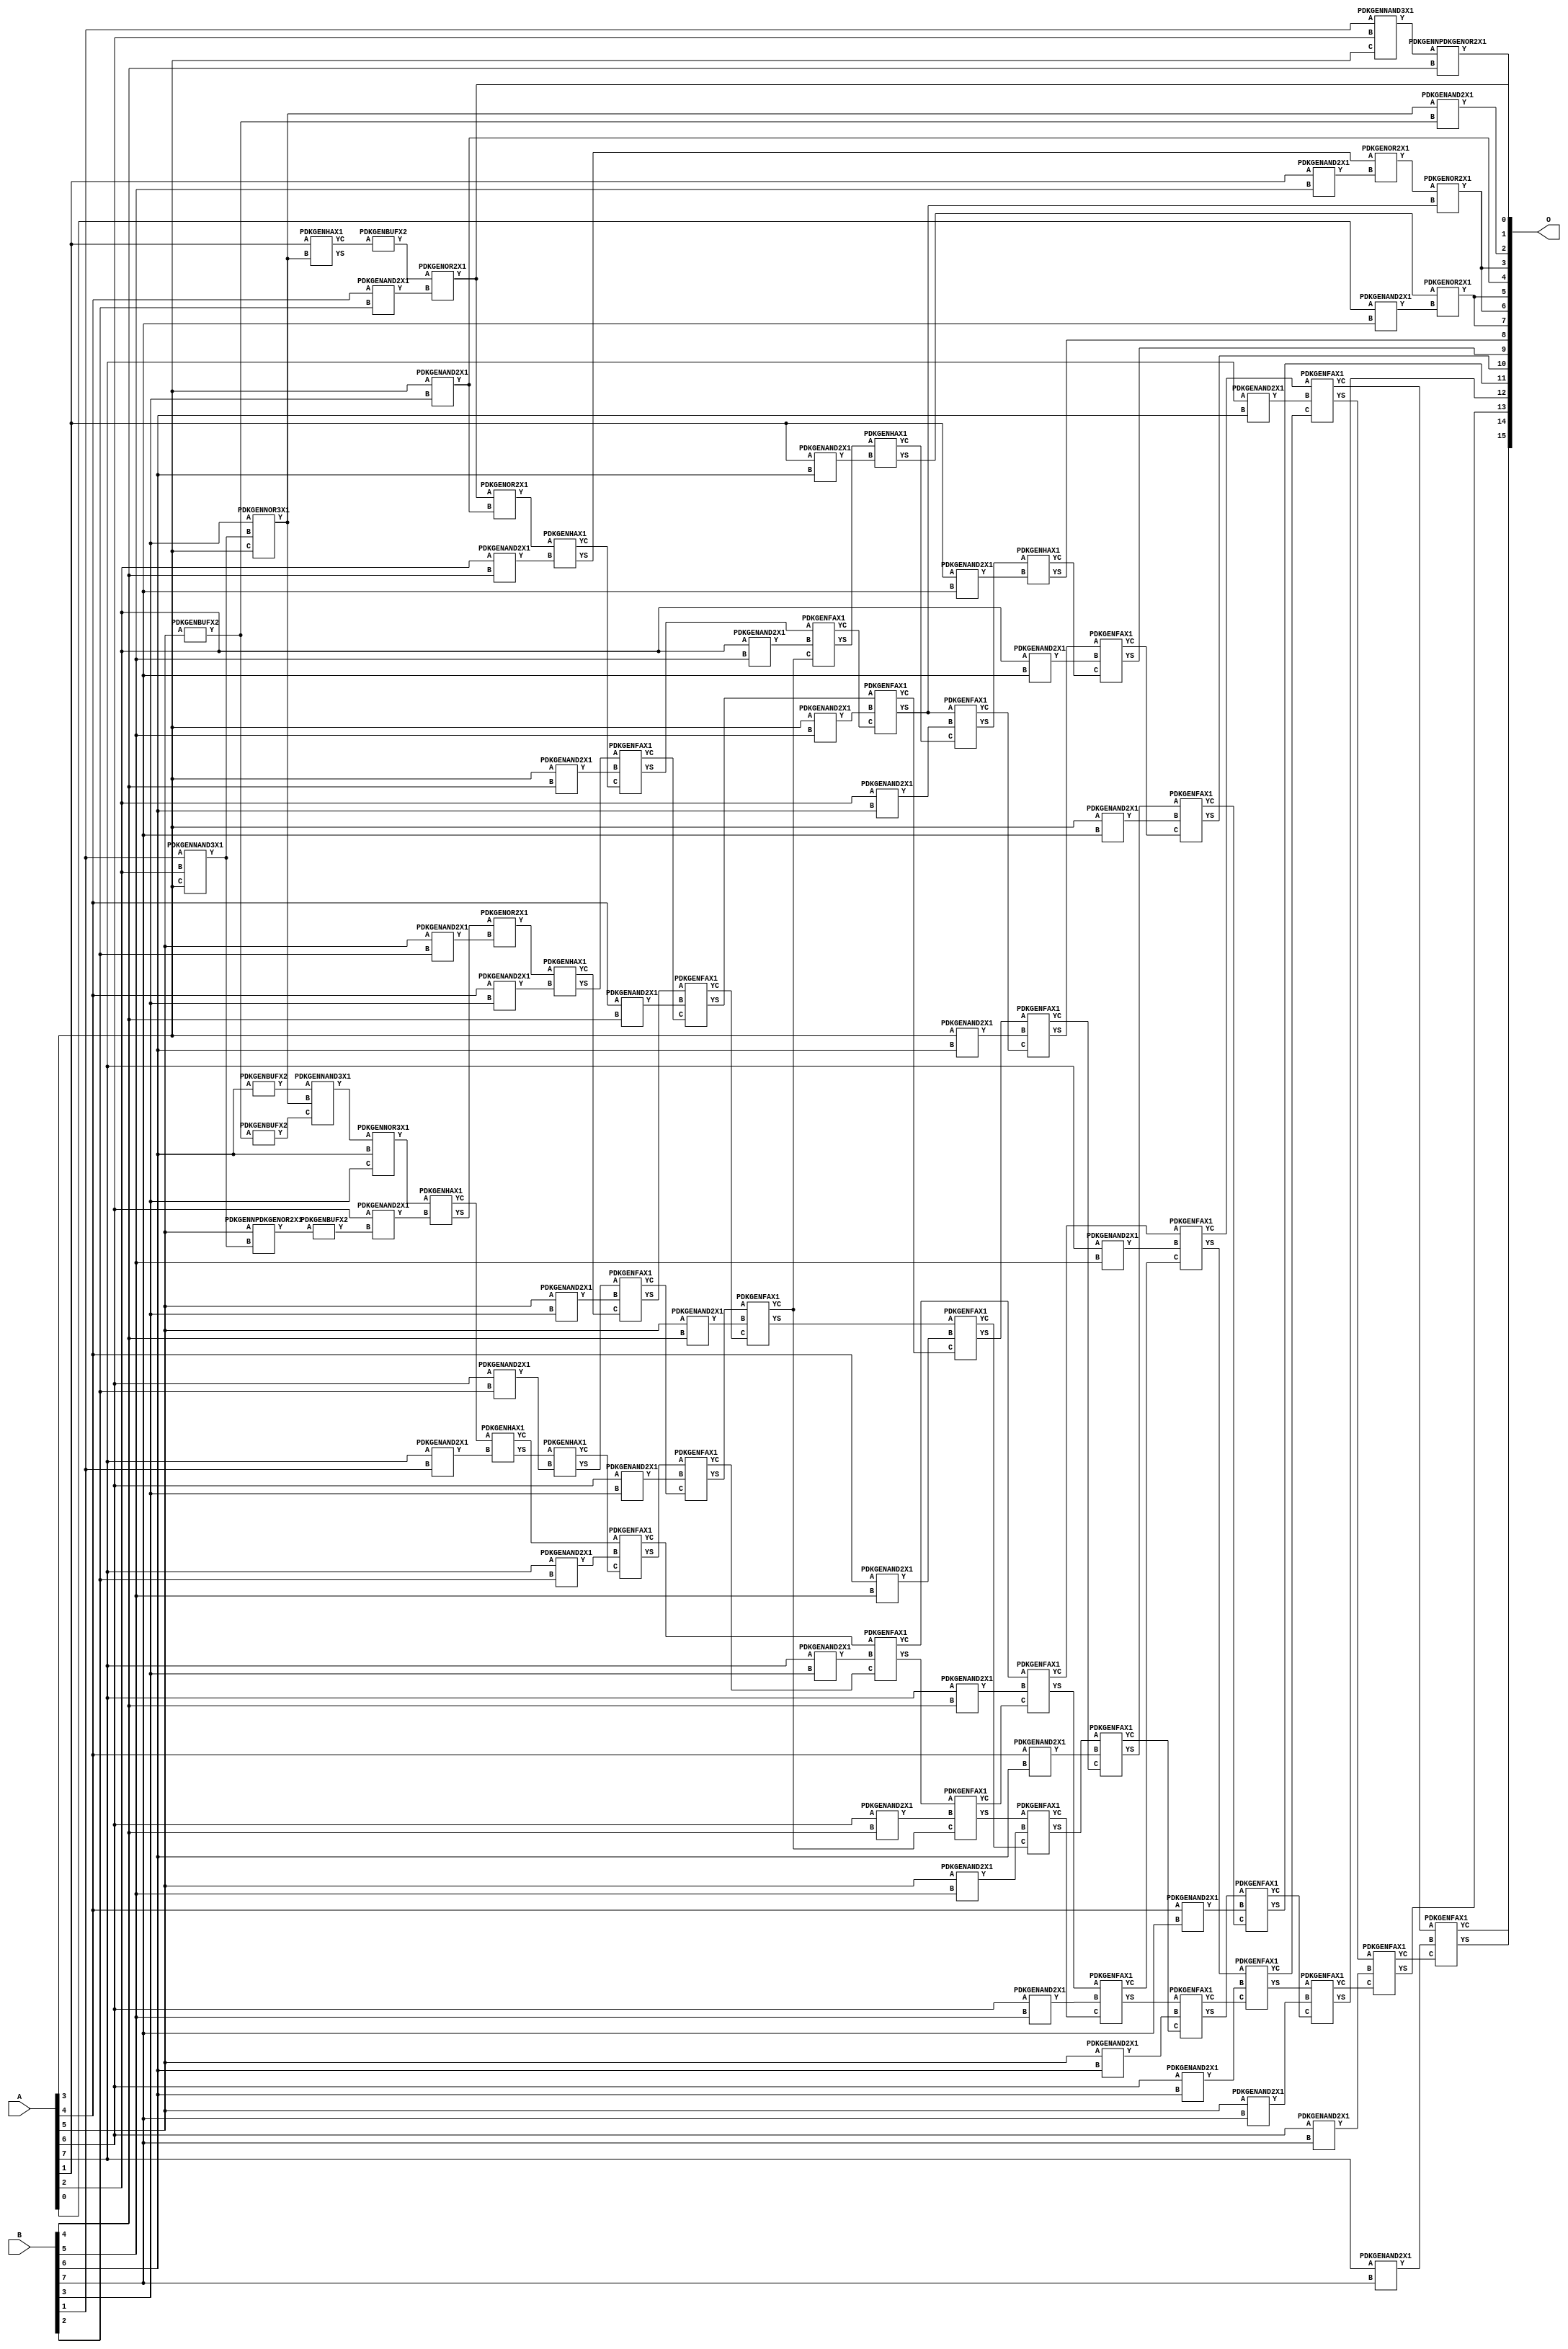
// Library = EvoApprox8b
// Circuit = mul8_014
// Area   (180) = 5756
// Delay  (180) = 4.490
// Power  (180) = 2495.30
// Area   (45) = 415
// Delay  (45) = 1.610
// Power  (45) = 216.30
// Nodes = 93
// HD = 315496
// MAE = 164.68720
// MSE = 44531.26856
// MRE = 3.95 %
// WCE = 858
// WCRE = 100 %
// EP = 97.8 %

module mul8_014(A, B, O);
  input [7:0] A;
  input [7:0] B;
  output [15:0] O;
  wire [2031:0] N;

  assign N[0] = A[0];
  assign N[1] = A[0];
  assign N[2] = A[1];
  assign N[3] = A[1];
  assign N[4] = A[2];
  assign N[5] = A[2];
  assign N[6] = A[3];
  assign N[7] = A[3];
  assign N[8] = A[4];
  assign N[9] = A[4];
  assign N[10] = A[5];
  assign N[11] = A[5];
  assign N[12] = A[6];
  assign N[13] = A[6];
  assign N[14] = A[7];
  assign N[15] = A[7];
  assign N[16] = B[0];
  assign N[17] = B[0];
  assign N[18] = B[1];
  assign N[19] = B[1];
  assign N[20] = B[2];
  assign N[21] = B[2];
  assign N[22] = B[3];
  assign N[23] = B[3];
  assign N[24] = B[4];
  assign N[25] = B[4];
  assign N[26] = B[5];
  assign N[27] = B[5];
  assign N[28] = B[6];
  assign N[29] = B[6];
  assign N[30] = B[7];
  assign N[31] = B[7];

  PDKGENNAND3X1 n32(.A(N[18]), .B(N[12]), .C(N[6]), .Y(N[32]));
  assign N[33] = N[32];
  PDKGENNAND3X1 n34(.A(N[18]), .B(N[4]), .C(N[6]), .Y(N[34]));
  PDKGENNOR3X1 n38(.A(N[22]), .B(N[34]), .C(N[6]), .Y(N[38]));
  assign N[39] = N[38];
  PDKGENHAX1 n40(.A(N[2]), .B(N[39]), .YS(N[40]), .YC(N[41]));
  PDKGENNPDKGENOR2X1 n42(.A(N[10]), .B(N[34]), .Y(N[42]));
  assign N[43] = N[42];
  PDKGENBUFX2 n46(.A(N[43]), .Y(N[46]));
  PDKGENNPDKGENOR2X1 n54(.A(N[33]), .B(N[24]), .Y(N[54]));
  PDKGENBUFX2 n56(.A(N[28]), .Y(N[56]));
  assign N[57] = N[56];
  PDKGENBUFX2 n76(.A(N[10]), .Y(N[76]));
  assign N[77] = N[76];
  PDKGENAND2X1 n82(.A(N[39]), .B(N[76]), .Y(N[82]));
  assign N[83] = N[82];
  PDKGENBUFX2 n130(.A(N[77]), .Y(N[130]));
  assign N[131] = N[130];
  PDKGENNAND3X1 n192(.A(N[57]), .B(N[38]), .C(N[131]), .Y(N[192]));
  assign N[193] = N[192];
  PDKGENNOR3X1 n200(.A(N[193]), .B(N[28]), .C(N[22]), .Y(N[200]));
  assign N[201] = N[200];
  PDKGENAND2X1 n264(.A(N[12]), .B(N[46]), .Y(N[264]));
  PDKGENAND2X1 n282(.A(N[14]), .B(N[18]), .Y(N[282]));
  PDKGENBUFX2 n376(.A(N[41]), .Y(N[376]));
  assign N[377] = N[376];
  PDKGENHAX1 n398(.A(N[201]), .B(N[264]), .YS(N[398]), .YC(N[399]));
  PDKGENHAX1 n414(.A(N[399]), .B(N[282]), .YS(N[414]), .YC(N[415]));
  PDKGENAND2X1 n498(.A(N[8]), .B(N[20]), .Y(N[498]));
  PDKGENAND2X1 n514(.A(N[10]), .B(N[20]), .Y(N[514]));
  PDKGENAND2X1 n532(.A(N[12]), .B(N[20]), .Y(N[532]));
  PDKGENAND2X1 n548(.A(N[14]), .B(N[20]), .Y(N[548]));
  PDKGENOR2X1 n632(.A(N[377]), .B(N[498]), .Y(N[632]));
  assign N[633] = N[632];
  PDKGENOR2X1 n648(.A(N[398]), .B(N[514]), .Y(N[648]));
  PDKGENHAX1 n664(.A(N[414]), .B(N[532]), .YS(N[664]), .YC(N[665]));
  PDKGENFAX1 n682(.A(N[415]), .B(N[548]), .C(N[665]), .YS(N[682]), .YC(N[683]));
  PDKGENAND2X1 n748(.A(N[6]), .B(N[22]), .Y(N[748]));
  assign N[749] = N[748];
  PDKGENAND2X1 n764(.A(N[8]), .B(N[22]), .Y(N[764]));
  PDKGENAND2X1 n782(.A(N[10]), .B(N[22]), .Y(N[782]));
  PDKGENAND2X1 n798(.A(N[12]), .B(N[22]), .Y(N[798]));
  PDKGENAND2X1 n814(.A(N[14]), .B(N[22]), .Y(N[814]));
  PDKGENOR2X1 n882(.A(N[632]), .B(N[748]), .Y(N[882]));
  PDKGENHAX1 n898(.A(N[648]), .B(N[764]), .YS(N[898]), .YC(N[899]));
  PDKGENFAX1 n914(.A(N[664]), .B(N[782]), .C(N[899]), .YS(N[914]), .YC(N[915]));
  PDKGENFAX1 n932(.A(N[682]), .B(N[798]), .C(N[915]), .YS(N[932]), .YC(N[933]));
  PDKGENFAX1 n948(.A(N[683]), .B(N[814]), .C(N[933]), .YS(N[948]), .YC(N[949]));
  PDKGENAND2X1 n998(.A(N[4]), .B(N[24]), .Y(N[998]));
  PDKGENAND2X1 n1014(.A(N[6]), .B(N[24]), .Y(N[1014]));
  PDKGENAND2X1 n1032(.A(N[8]), .B(N[24]), .Y(N[1032]));
  PDKGENAND2X1 n1048(.A(N[10]), .B(N[24]), .Y(N[1048]));
  PDKGENAND2X1 n1064(.A(N[12]), .B(N[24]), .Y(N[1064]));
  PDKGENAND2X1 n1082(.A(N[14]), .B(N[24]), .Y(N[1082]));
  PDKGENHAX1 n1132(.A(N[882]), .B(N[998]), .YS(N[1132]), .YC(N[1133]));
  PDKGENFAX1 n1148(.A(N[898]), .B(N[1014]), .C(N[1133]), .YS(N[1148]), .YC(N[1149]));
  PDKGENFAX1 n1164(.A(N[914]), .B(N[1032]), .C(N[1149]), .YS(N[1164]), .YC(N[1165]));
  PDKGENFAX1 n1182(.A(N[932]), .B(N[1048]), .C(N[1165]), .YS(N[1182]), .YC(N[1183]));
  PDKGENFAX1 n1198(.A(N[948]), .B(N[1064]), .C(N[1183]), .YS(N[1198]), .YC(N[1199]));
  PDKGENFAX1 n1214(.A(N[949]), .B(N[1082]), .C(N[1199]), .YS(N[1214]), .YC(N[1215]));
  PDKGENAND2X1 n1248(.A(N[2]), .B(N[26]), .Y(N[1248]));
  PDKGENAND2X1 n1264(.A(N[4]), .B(N[26]), .Y(N[1264]));
  PDKGENAND2X1 n1282(.A(N[6]), .B(N[26]), .Y(N[1282]));
  PDKGENAND2X1 n1298(.A(N[8]), .B(N[26]), .Y(N[1298]));
  PDKGENAND2X1 n1314(.A(N[10]), .B(N[26]), .Y(N[1314]));
  PDKGENAND2X1 n1332(.A(N[12]), .B(N[26]), .Y(N[1332]));
  PDKGENAND2X1 n1348(.A(N[14]), .B(N[26]), .Y(N[1348]));
  PDKGENOR2X1 n1382(.A(N[1132]), .B(N[1248]), .Y(N[1382]));
  PDKGENFAX1 n1398(.A(N[1148]), .B(N[1264]), .C(N[1183]), .YS(N[1398]), .YC(N[1399]));
  PDKGENFAX1 n1414(.A(N[1164]), .B(N[1282]), .C(N[1399]), .YS(N[1414]), .YC(N[1415]));
  PDKGENFAX1 n1432(.A(N[1182]), .B(N[1298]), .C(N[1415]), .YS(N[1432]), .YC(N[1433]));
  PDKGENFAX1 n1448(.A(N[1198]), .B(N[1314]), .C(N[1433]), .YS(N[1448]), .YC(N[1449]));
  PDKGENFAX1 n1464(.A(N[1214]), .B(N[1332]), .C(N[1449]), .YS(N[1464]), .YC(N[1465]));
  PDKGENFAX1 n1482(.A(N[1215]), .B(N[1348]), .C(N[1465]), .YS(N[1482]), .YC(N[1483]));
  PDKGENAND2X1 n1514(.A(N[2]), .B(N[28]), .Y(N[1514]));
  PDKGENAND2X1 n1532(.A(N[4]), .B(N[28]), .Y(N[1532]));
  PDKGENAND2X1 n1548(.A(N[6]), .B(N[28]), .Y(N[1548]));
  PDKGENAND2X1 n1564(.A(N[8]), .B(N[28]), .Y(N[1564]));
  PDKGENAND2X1 n1582(.A(N[10]), .B(N[28]), .Y(N[1582]));
  PDKGENAND2X1 n1598(.A(N[12]), .B(N[28]), .Y(N[1598]));
  PDKGENAND2X1 n1614(.A(N[14]), .B(N[28]), .Y(N[1614]));
  PDKGENOR2X1 n1632(.A(N[1382]), .B(N[1414]), .Y(N[1632]));
  PDKGENHAX1 n1648(.A(N[1398]), .B(N[1514]), .YS(N[1648]), .YC(N[1649]));
  PDKGENFAX1 n1664(.A(N[1414]), .B(N[1532]), .C(N[1649]), .YS(N[1664]), .YC(N[1665]));
  PDKGENFAX1 n1682(.A(N[1432]), .B(N[1548]), .C(N[1665]), .YS(N[1682]), .YC(N[1683]));
  PDKGENFAX1 n1698(.A(N[1448]), .B(N[1564]), .C(N[1683]), .YS(N[1698]), .YC(N[1699]));
  PDKGENFAX1 n1714(.A(N[1464]), .B(N[1582]), .C(N[1699]), .YS(N[1714]), .YC(N[1715]));
  PDKGENFAX1 n1732(.A(N[1482]), .B(N[1598]), .C(N[1715]), .YS(N[1732]), .YC(N[1733]));
  PDKGENFAX1 n1748(.A(N[1483]), .B(N[1614]), .C(N[1733]), .YS(N[1748]), .YC(N[1749]));
  PDKGENAND2X1 n1764(.A(N[0]), .B(N[30]), .Y(N[1764]));
  PDKGENAND2X1 n1782(.A(N[2]), .B(N[30]), .Y(N[1782]));
  PDKGENAND2X1 n1798(.A(N[4]), .B(N[30]), .Y(N[1798]));
  PDKGENAND2X1 n1814(.A(N[6]), .B(N[30]), .Y(N[1814]));
  PDKGENAND2X1 n1832(.A(N[8]), .B(N[30]), .Y(N[1832]));
  PDKGENAND2X1 n1848(.A(N[10]), .B(N[30]), .Y(N[1848]));
  PDKGENAND2X1 n1864(.A(N[12]), .B(N[30]), .Y(N[1864]));
  PDKGENAND2X1 n1882(.A(N[14]), .B(N[30]), .Y(N[1882]));
  PDKGENOR2X1 n1898(.A(N[1648]), .B(N[1764]), .Y(N[1898]));
  PDKGENHAX1 n1914(.A(N[1664]), .B(N[1782]), .YS(N[1914]), .YC(N[1915]));
  PDKGENFAX1 n1932(.A(N[1682]), .B(N[1798]), .C(N[1915]), .YS(N[1932]), .YC(N[1933]));
  PDKGENFAX1 n1948(.A(N[1698]), .B(N[1814]), .C(N[1933]), .YS(N[1948]), .YC(N[1949]));
  PDKGENFAX1 n1964(.A(N[1714]), .B(N[1832]), .C(N[1949]), .YS(N[1964]), .YC(N[1965]));
  PDKGENFAX1 n1982(.A(N[1732]), .B(N[1848]), .C(N[1965]), .YS(N[1982]), .YC(N[1983]));
  PDKGENFAX1 n1998(.A(N[1748]), .B(N[1864]), .C(N[1983]), .YS(N[1998]), .YC(N[1999]));
  PDKGENFAX1 n2014(.A(N[1749]), .B(N[1882]), .C(N[1999]), .YS(N[2014]), .YC(N[2015]));

  assign O[0] = N[633];
  assign O[1] = N[54];
  assign O[2] = N[83];
  assign O[3] = N[1632];
  assign O[4] = N[749];
  assign O[5] = N[1898];
  assign O[6] = N[1632];
  assign O[7] = N[1898];
  assign O[8] = N[1914];
  assign O[9] = N[1932];
  assign O[10] = N[1948];
  assign O[11] = N[1964];
  assign O[12] = N[1982];
  assign O[13] = N[1998];
  assign O[14] = N[2014];
  assign O[15] = N[2015];

endmodule
/* mod */
module PDKGENFAX1( input A, input B, input C, output YS, output YC );
    assign YS = (A ^ B) ^ C;
    assign YC = (A & B) | (B & C) | (A & C);
endmodule
/* mod */
module PDKGENAND2X1(input A, input B, output Y );
     assign Y = A & B;
endmodule
/* mod */
module PDKGENNOR3X1(input A, input B, input C, output Y );
     assign Y = ~((A | B) | C);
endmodule
/* mod */
module PDKGENHAX1( input A, input B, output YS, output YC );
    assign YS = A ^ B;
    assign YC = A & B;
endmodule
/* mod */
module PDKGENNPDKGENOR2X1(input A, input B, output Y );
     assign Y = ~(A | B);
endmodule
/* mod */
module PDKGENNAND3X1(input A, input B, input C, output Y );
     assign Y = ~((A & B) & C);
endmodule
/* mod */
module PDKGENBUFX2(input A, output Y );
     assign Y = A;
endmodule
/* mod */
module PDKGENOR2X1(input A, input B, output Y );
     assign Y = A | B;
endmodule